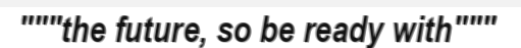
"""the future, so be ready with"""